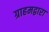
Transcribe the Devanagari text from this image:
ग्राहमद्वारा